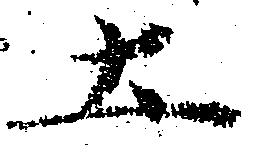
土